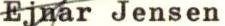
Ejnar Jensen